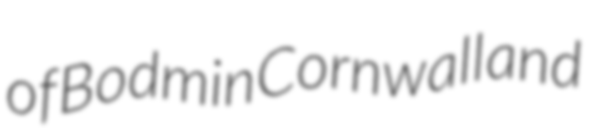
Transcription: of Bodmin Cornwall and